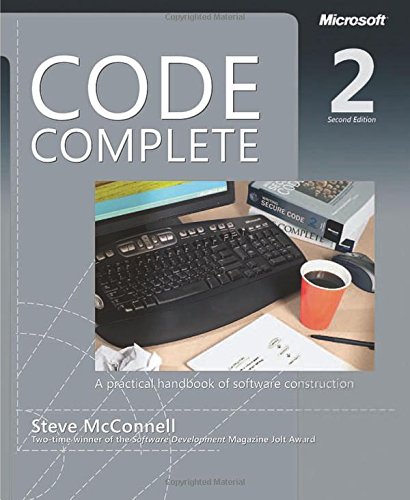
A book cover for Code Complete: A Practical Handbook of Software Construction, Second Edition; Steve McConnell; Computers & Technology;